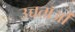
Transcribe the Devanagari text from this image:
उच्चताओं